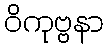
ဝိကုဗ္ဗနာ